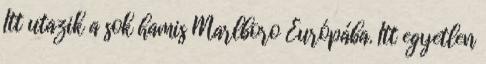
Itt utazik a sok hamis Marlboro Európába. Itt egyetlen